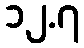
၁၂.၇